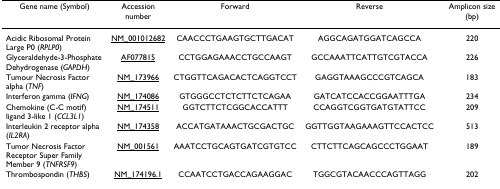
| Gene name (Symbol) | Accession number | Forward | Reverse | Amplicon size (bp) |
 | --- | --- | --- | --- | --- |
 | Acidic Ribosomal Protein Large P0 (RPLP0) | NM_001012682 | CAACCCTGAAGTGCTTGACAT | AGGCAGATGGATCAGCCA | 220 |
 | Glyceraldehyde-3-Phosphate Dehydrogenase (GAPDH) | AF077815 | CCTGGAGAAACCTGCCAAGT | GCCAAATTCATTGTCGTACCA | 226 |
 | Tumour Necrosis Factor alpha (TNF) | NM_173966 | CTGGTTCAGACACTCAGGTCCT | GAGGTAAAGCCCGTCAGCA | 183 |
 | Interferon gamma (IFNG) | NM_174086 | GTGGGCCTCTCTTCTCAGAA | GATCATCCACCGGAATTTGA | 234 |
 | Chemokine (C-C motif) ligand 3-like 1 (CCL3L1) | NM_174511 | GGTCTTCTCGGCACCATTT | CCAGGTCGGTGATGTATTCC | 209 |
 | Interleukin 2 receptor alpha (IL2RA) | NM_174358 | ACCATGATAAACTGCGACTGC | GGTTGGTAAGAAAGTTCCACTCC | 513 |
 | Tumor Necrosis Factor Receptor Super Family Member 9 (TNFRSF9) | NM_001561 | AAATCCTGCAGTGATCGTGTCC | CTTCTTCAGCAGCCCTGGAAT | 189 |
 | Thrombospondin (THBS) | NM_174196.1 | CCAATCCTGACCAGAAGGAC | TGGCGTACAACCCAGTTAGG | 202 |